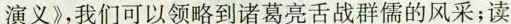
演义》，我们可以领略到诸葛亮舌战群儒的风采；读